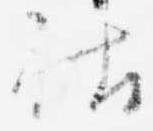
社